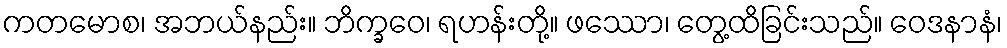
ကတမောစ၊ အဘယ်နည်း။ ဘိက္ခဝေ၊ ရဟန်းတို့။ ဖဿော၊ တွေ့ထိခြင်းသည်။ ဝေဒနာနံ၊